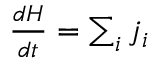
\begin{array} { r } { \frac { d H } { d t } = \sum _ { i } j _ { i } } \end{array}